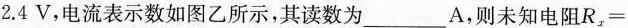
2.4V，电流表示数如图乙所示，其读数为___A，则未知电阻R_{x}=